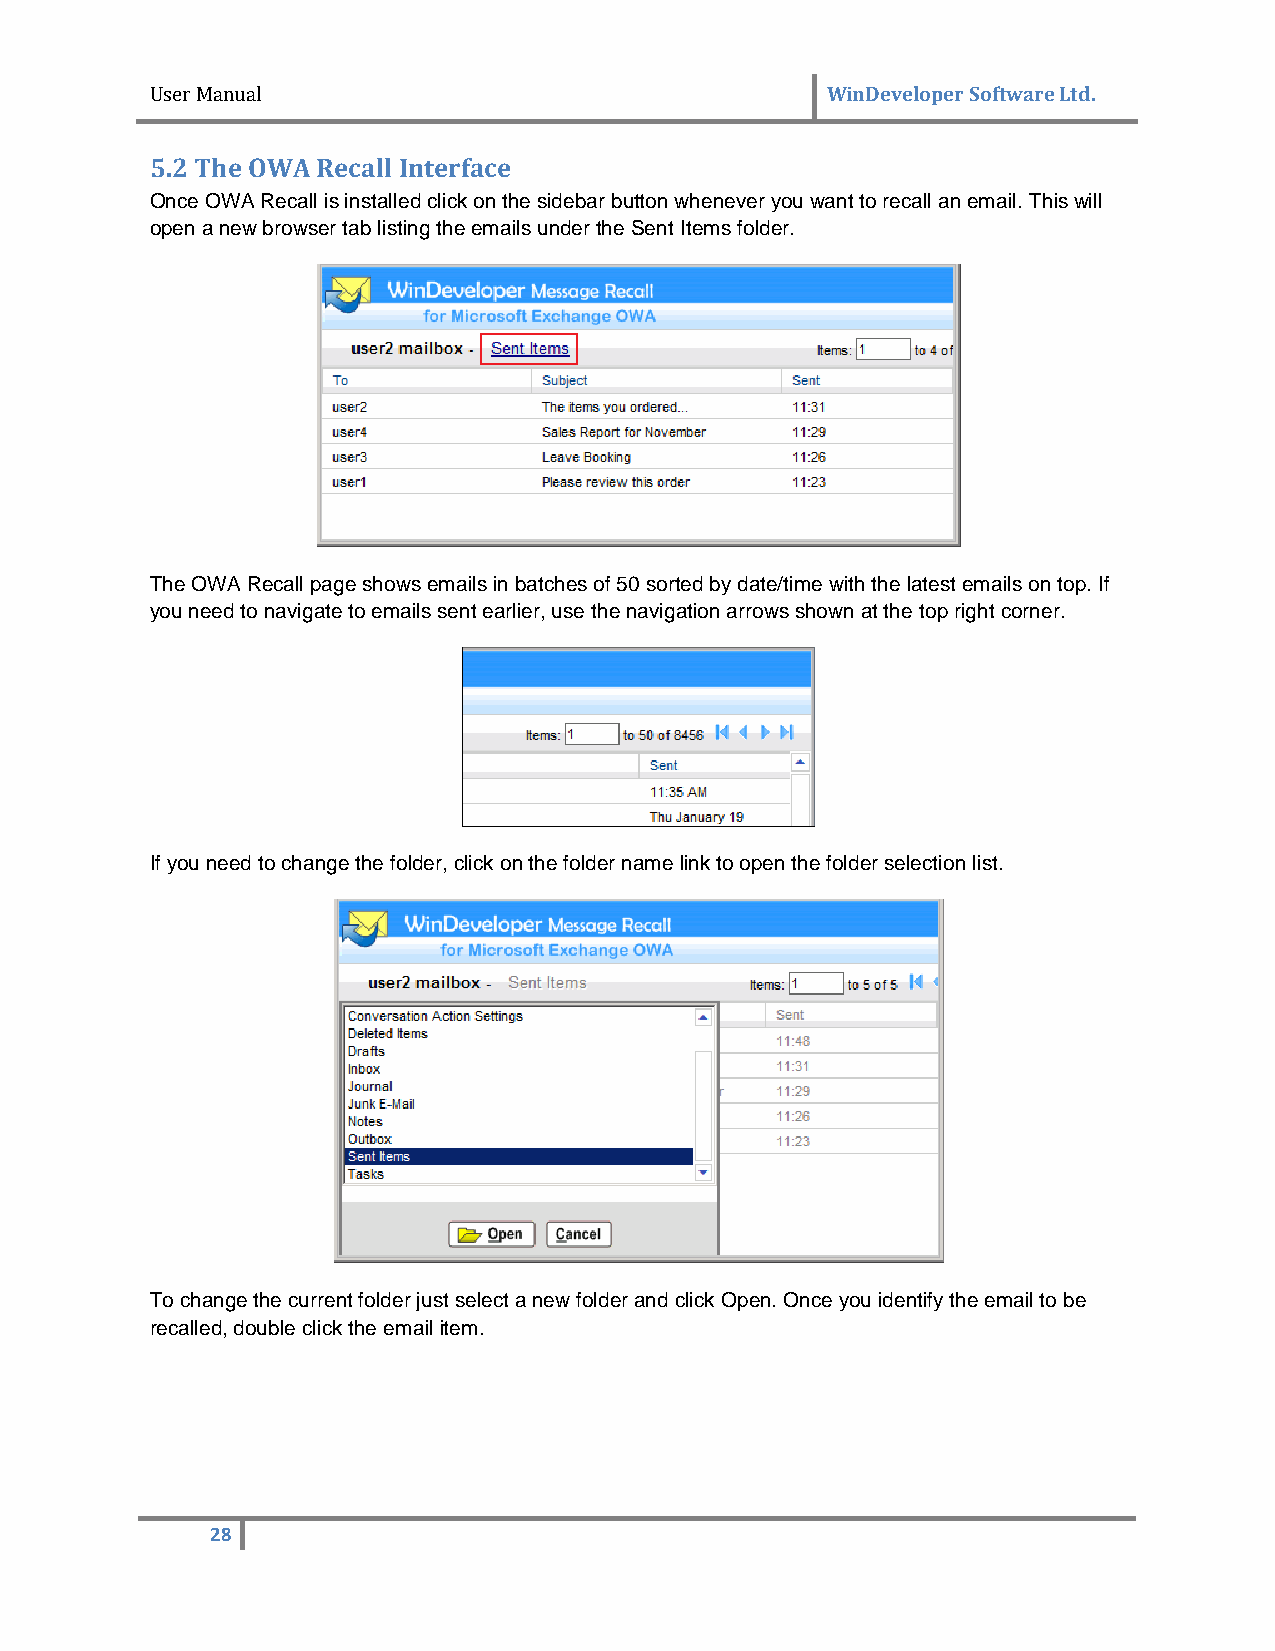
User Manual                                  WinDeveloper Software Ltd.
 5.2 The OWA Recall Interface
 Once OWA Recall is installed click on the sidebar button whenever you want to recall an email. This will
 open a new browser tab listing the emails under the Sent Items folder.
 The OWA Recall page shows emails in batches of 50 sorted by date/time with the latest emails on top. If
 you need to navigate to emails sent earlier, use the navigation arrows shown at the top right corner.
 If you need to change the folder, click on the folder name link to open the folder selection list.
 To change the current folder just select a new folder and click Open. Once you identify the email to be
 recalled, double click the email item.
 28